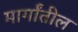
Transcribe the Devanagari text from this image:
मार्गांतील